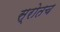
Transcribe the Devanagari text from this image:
स्रोतच